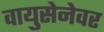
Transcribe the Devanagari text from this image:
वायुसेनेवर